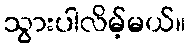
သွားပါလိမ့်မယ်။